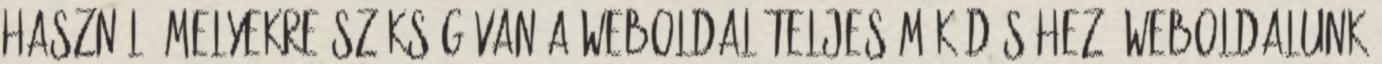
használ, melyekre szükség van a weboldal teljes működéséhez. Weboldalunk